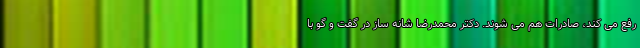
رفع می کند، صادرات هم می شوند. دکتر محمدرضا شانه ساز در گفت و گو با